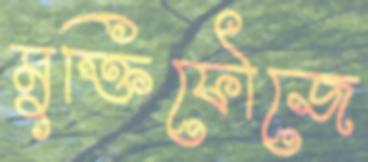
মুক্তিফৌজে